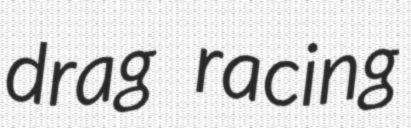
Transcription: drag racing